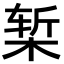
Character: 椠